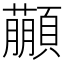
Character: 𩕕